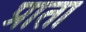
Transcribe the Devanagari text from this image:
प्राता